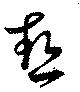
熱